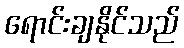
ရောင်းချနိုင်သည်